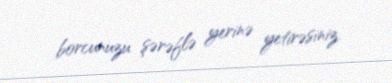
borcunuzu şərəflə yerinə yetirəsiniz.